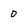
Character: 0